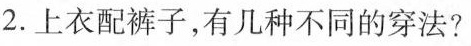
2.上衣配裤子，有几种不同的穿法？